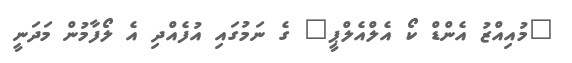
"މުއިއްޒު އެންޑް ކޯ އެލްއެލްޕީ" ގެ ނަމުގައި އުފެއްދި އެ ލޯފާމުން މަދަނީ